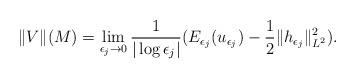
LaTeX: \begin{align*}\|V\|(M)=\lim_{\epsilon_j\to 0}\frac{1}{|\log\epsilon_j|}(E_{\epsilon_j}(u_{\epsilon_j})-\frac{1}{2}\|h_{\epsilon_j}\|_{L^2}^2).\end{align*}